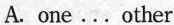
A. one...Other